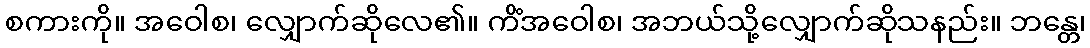
စကားကို။ အဝေါစ၊ လျှောက်ဆိုလေ၏။ ကိံအဝေါစ၊ အဘယ်သို့လျှောက်ဆိုသနည်း။ ဘန္တေ၊